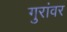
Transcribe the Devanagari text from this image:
गुरांवर